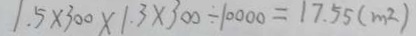
1 . 5 \times 3 0 0 \times 1 . 3 \times 3 0 0 \div 1 0 0 0 0 = 1 7 . 5 5 ( m ^ { 2 } )